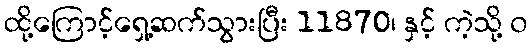
ထို့ကြောင့်ရှေ့ဆက်သွားပြီး 11870၊ နှင့် ကဲ့သို့ ၀